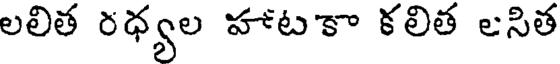
లలిత రధ్యల హాటకా కలిత లసిత